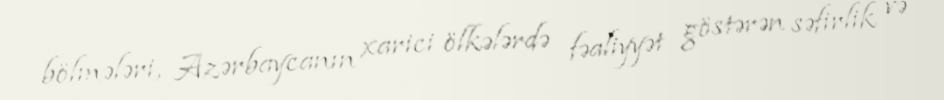
bölmələri, Azərbaycanın xarici ölkələrdə fəaliyyət göstərən səfirlik və